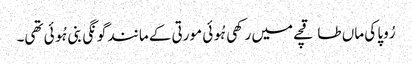
رُوپا کی ماں طاقچے میں رکھی ہُوئی مورتی کے مانند گونگی بنی ہُوئی تھی۔